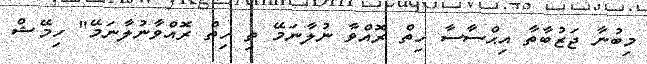
މިބުނާ ޖަޒުބާތާ އިޙްސާސާ ހިތް ރޮއްވާ ނުލާނަމޭ ތި ހިތް ރޮއްވާނުލާނަމޭ" ހިމޭޝް